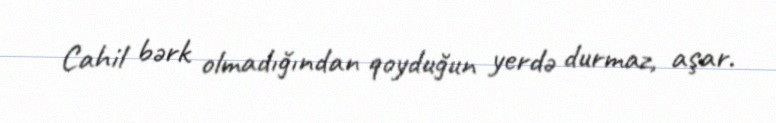
Cahil bərk olmadığından qoyduğun yerdə durmaz, aşar.